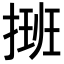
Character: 𢲔